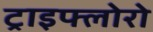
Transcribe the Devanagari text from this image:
ट्राइफ्लोरो